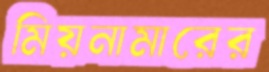
মিয়নামারের